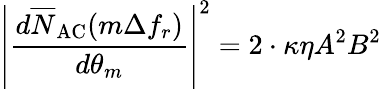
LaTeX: \left|\frac{d\overline{N}_{\mathrm{AC}}(m\Delta f_{r})}{d\theta_{m}}\right|^{2}=2\cdot\kappa\eta A^{2}B^{2}